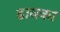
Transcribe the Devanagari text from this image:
ढाबका